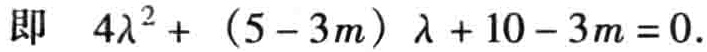
即 \(4\lambda^{2}+(5 - 3m)\lambda+10 - 3m = 0\).